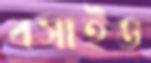
বসাইও